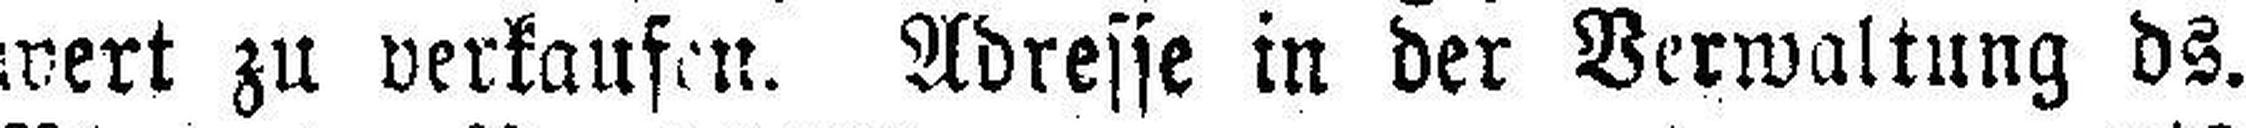
wert zu verkaufen. Adresse in der Verwaltung ds.